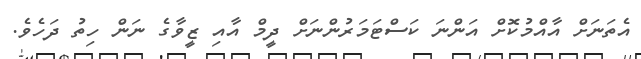
އެތަނަށް އާއްމުކޮށް އަންނަ ކަސްޓަމަރުންނަށް ދީމް އާއި ޒީވާގެ ނަން ހިތު ދަހެވެ.